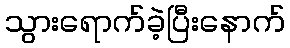
သွားရောက်ခဲ့ပြီးနောက်